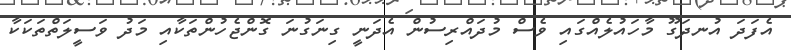
އެފަދަ އުނދަގޫ މާހައުލެއްގައި ވެސް މުދައްރިސުން އެދަނީ ގިނަގުނަ ގޮންޖެހުންތަކާއި މަދު ވަސީލަތްތަކަކާ